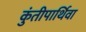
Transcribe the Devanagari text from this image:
कुंतीपार्थिवा